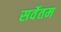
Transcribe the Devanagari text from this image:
सर्वेतम